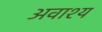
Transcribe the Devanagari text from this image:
अवाश्य